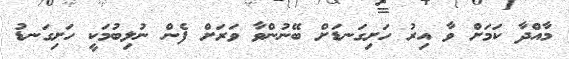
މާއްދާ ކަމަށް ވާ އިރު ހަށިގަނޑަށް ބޭނުންވާ ވަރަށް ފެން ނުލިބުމަކީ ހަށިގަނޑު